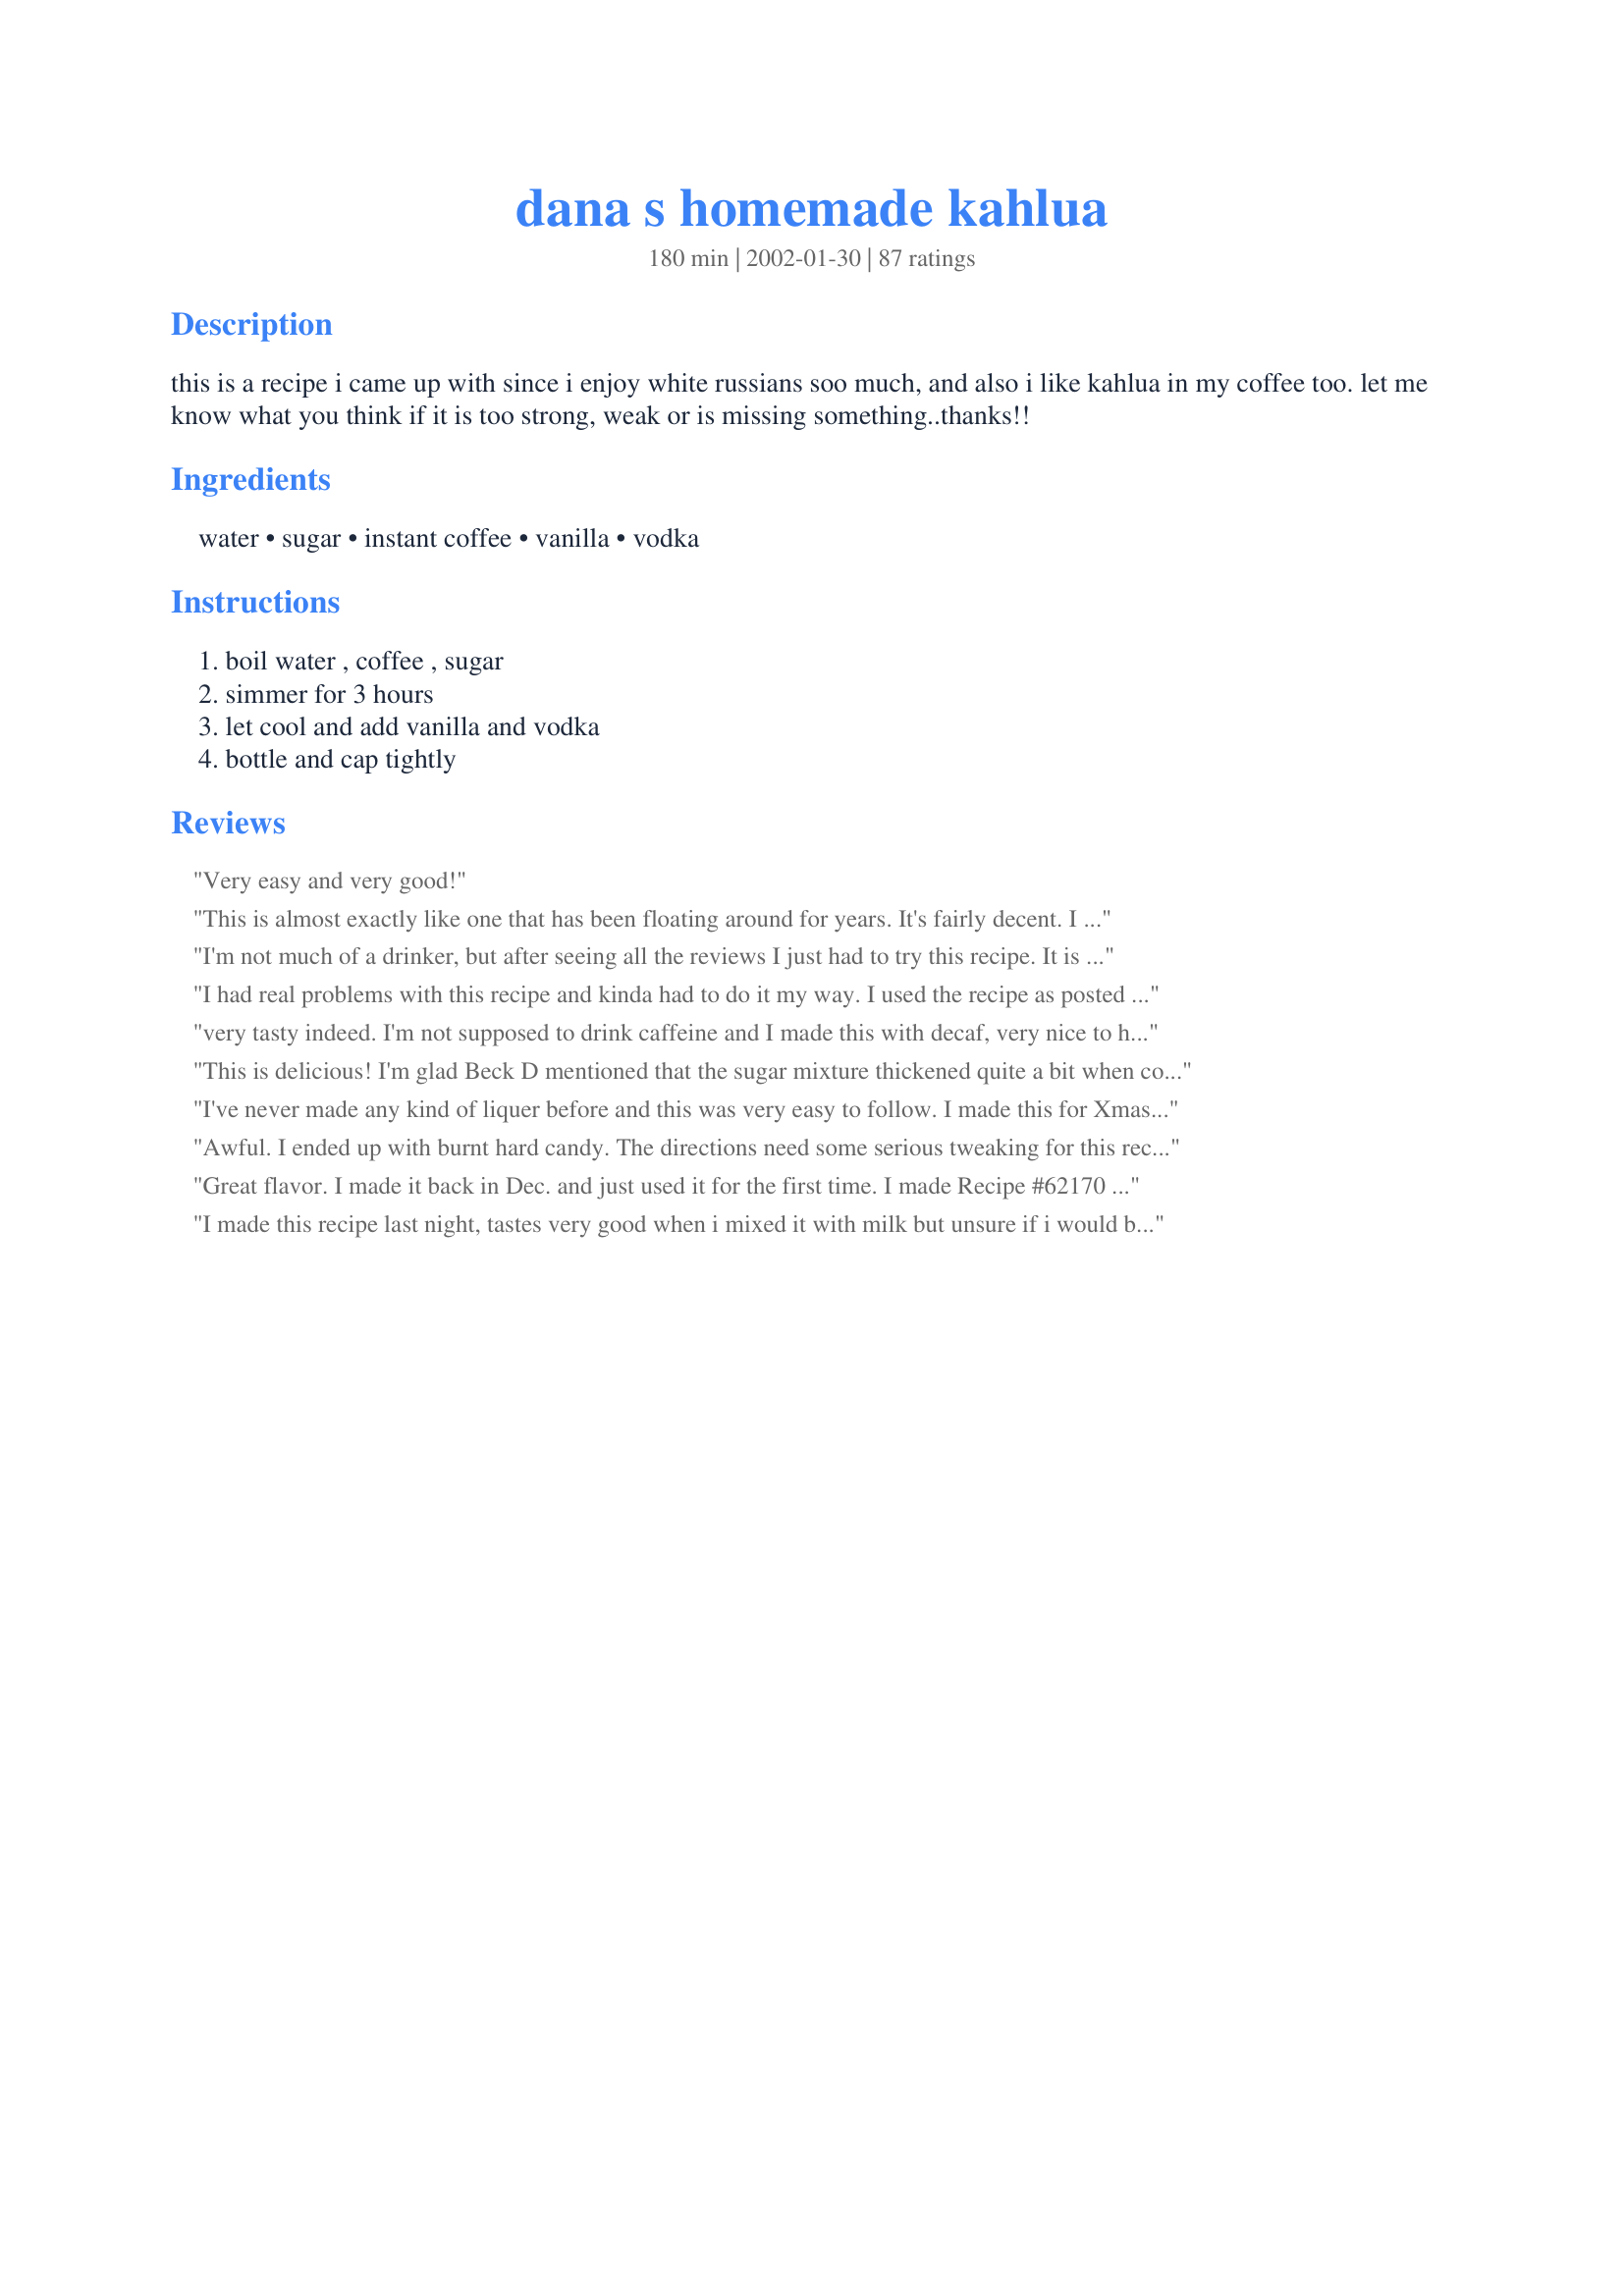
dana s homemade kahlua
Preparation time: 180 minutes

this is a recipe i came up with since i enjoy white russians soo much, and also i like kahlua in my coffee too. let me know what you think if it is too strong, weak or is missing something..thanks!!

Ingredients:
water, sugar, instant coffee, vanilla, vodka

Steps:
boil water , coffee , sugar, simmer for 3 hours, let cool and add vanilla and vodka, bottle and cap tightly

Reviews:
Very easy and very good!
This is almost exactly like one that has been floating around for years. It's fairly decent. I recommend bottling this in a DARK bottle and storing in the back of your refrigerator for a few months.. will taste much better then!
I'm not much of a drinker, but after seeing all the reviews I just had to try this recipe. It is truly awesome. I served it over the holidays to friends and family and everyone loved it. I found it super easy to make. After bringing the water, coffee and sugar to a boil, I turned the stove down to the lowest setting. I would say that the mixture reduced by 1/2 to 3/4. Anyway... thanks for the great recipe.
I had real problems with this recipe and kinda had to do it my way. I used the recipe as posted but I couldnt simmer it for three hours..first time I overcooked it and it was a hard lump..the second time it was sugary (made icing out of it, that was really good though.I have no idea what I did wrong.. can't say I am a quiter I tried it again with changes. Brought it to a boil, turned it down to simmer for 45 minutes, turned the stove off for a few minutes and didnt think it was reduced enough so I turned it on and simmered it again for 25 minutes. I cooled it, added the vanilla, stirred it up and added it to the vodka. I was a little skeptical when the vodka fumes hit my nose but I bottled it and stuck it in the fridge. I couldn't wait two weeks that I promised myself before trying it (2 days). I made a brown cow tonight and it was AWESOME. I will be making this again..Christmas gifts!!. Thank you.
very tasty indeed. I'm not supposed to drink caffeine and I made this with decaf, very nice to have one of my favorite drinks without feeing guilty for drinking the caffeine. thanks a million for posting this delicious recipe.
This is delicious! I'm glad Beck D mentioned that the sugar mixture thickened quite a bit when cooling or I may have thought I was doing something wrong. As it cooled, it also got very light in color, but when the vodka was added, the rich dark color came back. I used 1 cup of vanilla vodka and 1 1/2 cups regular vodka-Yummy! As I poured the Kahlua into a bottle, I put a small strainer inside of my funnel to catch a little sugar sediment that didn't want to dissolve. I had a Kahlua and Cream using this divine mixture, and may never go back to store bought. Thanks for sharing. Nick's Mom
I've never made any kind of liquer before and this was very easy to follow. I made this for Xmas and gave as gifts to some of my Kahlua loving friends. We all agreed that it was a 5 star recipe. My friend had tried someone else's homemade Kahlua before and said that this tasted exactly like the real stuff and was alot better than any other she had tried. Just make sure when you let it cool that you only leave it for a short time as it will harden when it cools and then it is very hard to add Vodka. I may have let it cook to long but I cooked it the full three hours and I think it was probably thick enough at 2 hours so next time I will test it at 2 hours. Will make again definitely.
Awful. I ended up with burnt hard candy. The directions need some serious tweaking for this recipe to be worth making. Won&#039;t be trying it again.
Great flavor. I made it back in Dec. and just used it for the first time. I made Recipe #62170 and it worked great.
I made this recipe last night, tastes very good when i mixed it with milk but unsure if i would be drinking it on the rocks (mostly because i used a mixture of left over white spirits and some rum). I simmered it down for about two and a half hours but could have done it for a bit longer to get a thicker syrup. The mixture was a bit too sweet for my liking so I added 1 1/2 more table spoons of coffee so it had a stronger taste. I would also use less sugar next time and see how that goes!
Dana, (*hic*) this is terrific, just as the recipe is written. It's the best homemade Kahlua that I've had. Next time I might try the (*hic*) 100-proof vodka instead of the 80-proof, just to see if it makes a big difference in taste. Now I have to go to the store to buy more milk for White Russians! Thanks for posting.
Making it now. Smells great. I'm cooking it with vanilla beans instead if the extract.
This is a great recipe, as everyone says, love the deep rich flavor. Thanks Dana
With all the mishaps I had with this recipe, it is amazing that it still ended as a 5 star!
I had no instant coffee, so I used 4 instant coffee bags (similar to a teabag) and steeped them 10 minutes in the hot water. I removed them, stirred in the sugar, and let boil under DH's watchful eye and intructions to stir often, and set the timer when I left for a meeting. I came home to find that the kids had fiddled with the timer and reset it, so it had boiled about 15 minutes before DH turned it off and ignored the recipe printed out right next to the stove. But it still turned out great- smooth and tasty and almost perfect. I will be trying this again son and following as written to compare notes, but I thought this was great as-is!
I used the instant espresso powder as well. Turned out fabulous! It's 5:00 somewhere....
Yikes, I've finished . Cooled it, added vodka and vanilla beans and realized I only added 2 1/2 of sugar, instead of 5 (I doubled recipe) and forgot to double sugar. What can I do to fix it?
I made it for the first time last year as Christmas gifts and it was such a hit I'm making it for gifts this year also. Didn't change one thing ,went by your recipe! Thank you for sharing.
I used 153 proof Grain alcohol
Going to try heating to a slow boil then transferring to a warm crock pot so I don&#039;t need to constantly stir. I&#039;ll post my result :)
i have made kahlua before and i wasn't sure why i had to simmer for so long in this recipe-that is until i tasted it! it has a very nice, deep flavour without being too sweet, excellent. i will replace all of my other kahlua recipes with this one! thanks Dana
For those having problems with this recipe havig crystals... you have boiled it too long and it is truing to candy. (Says the person who can burn boiling water!)
simple to make and really very good.
Fantastic flavor! Best homemade Kahlua recipe I've tried. Used some to make Mudslides for New Years Eve.
Fantastic! Did a side by side comparison to the store bought, and this blew it out of the water in both taste and smoothness. I boiled it down nearly 2.5 hours to make the syrup, I also put a half of a whole vanilla bean in the bottle to give a slow seep of vanilla during it's shelf time. Made 3 batches for Christmas gifts this year. Thanks!
I reduced it for 2 1/2 hours and it was perfect. I could not get the temperature right to simmer it so it was alternating between a rapid boil and less than a simmer. I measured it and was left with 2 cups of syrup. i cooled it until 100 deg F (as the alcohol will evaporate if you put it in while the sugar syrup is too hot) and then stirred in the vodka. i tasted it immediately and it is very very good. I do think it could do with a vanilla bean soaking in it to slightly enhance the vanilla flavor, so I will do just that and leave it for a while. It made one full 750ml bottle and a quarter of another one.
INCREDIBLE!! watch the boil or you get one sticky icky mess and it goes quick! i ran out of sugar at 2 cups and used about 1/4 cup of honey, It rocks! I am getting hosed right now while I try another batch! Thanks a million.
Signed , My Liver
My husband is addicted to Kahlua and cream and LOVES when I make this. I'd be embarrassed to tell you how often I do, because we love it!
I love this recipe it's so good it's even better than the generic Kahlua you can buy in a liquor store and to make it even better I used Splenda instead of sugar because I'm a diabetic and that's all the more better thank you.
Be sure to use good vodka, it makes a difference. I've made Kahlua many times and have always used a vanilla bean and 100 proof vodka. I used the cheap stuff the last time and it made a difference. YUCK! This is the first time I've made the &quot;quick&quot; version. Also, simmering is important to make sure the flavor of the coffee and sugar are just right; and the consistency is a bit thicker liquid and not thick like a syrup. Thanks for sharing this, everyone likes a Kahlua gift!
In the last two weeks I have made two double batches of this. I wanted them for Christmas presents, so I made them early so that they could sit a couple of weeks. I had 9 stopper type beer bottles that I put this in, 4 I already had (Grolsch beer) and 6 that I ordered from Amazon. (1 arrived broken) Followed the recipe 99.9%. Only difference was slightly more coffee per other reviews. It ended up making 9 16oz. bottles, a quart and a pint jar. There was about 1/2 cup that wouldn't fit so I tasted it to see how it turned out. I thought it was pretty good. I'm sure that it will be excellent after it sits 3 or 4 weeks. Thanks for helping with my Christmas presents this year ! BTW, I used cheap vodka, good instant coffee and real vanilla. Opps...I forgot... 5 Stars.
I have found that if you just heat the ingredients until everything is dissolved and give it maybe 10 minutes you do not have a candy mess.... also if you do not stir it hard there is no foam either. Cool the sugar mixture almost completely down before adding the vodka so it does not evaporate the liquor. Boiling the water and sugar does make candy. (I make candy during the holidays).
Wonderful recipe. did a few things different as I posted in tweaks. Be sure not to cook too long or high, should be thicker, but not thick like syrup. Mine took 2 hours and produced 3-16oz ball jars by the end of it.
What a great recipe, I had it years ago and lost it, but sure is nice find it again, Thanks Dana! There is a vanilla vodka by Stoli&#039;s, it makes a fabulous Vanilla White Russian. Equal parts kahlua and vodka over ice, top off with milk and shake. Yummeee! If you have a party, usually women don&#039;t know what to drink because they really don&#039;t like the taste of liquor, this one makes them come back for more! Be careful, it&#039;ll sneak up on you!
Dana, This delicious, fabulous, What a find, sure won't be buying the expensive stuff again. Great over vanilla ice cream. Thank you sooooo much Dana.
This kahluah turned out great. The only problem is now it's gone.
This is the best - we have made it two years in a row now to give as Christmas gifts. The only problem is remembering to make it soon enough to "age". This year we even remembered to make enough so we had some.
So easy! And tastes wonderful. It has a permanent place in my files! Saw the other reviewer's suggestion about vanilla vodka..ooooooh white russian is now my drink of choice!
Fantastic. Easy to make with things I happen to have on hand. 
Tried some in coffee and it was wonderful. Can't wait to share! Thanks so much for posting.
I made this for some gifts at Christmas and of course kept some for myself. Turned out awesome! Thanks!
use half &amp; half instead of milk, you'll be a kahlua alcoholic. i found all my bottles at the 99 cent store and they came with very good pourers &amp; caps. i make this for my friends but i make alot more for me.
Wow!! No problems here making it. I used instant espresso powder instead of instant coffee, and used vanilla bean paste instead of vanilla. I don't know if this will get better and better as it ages, but it's hard to imagine -- it's just terrific the way it is. What a great recipe!
Can I give this 10 stars? OMGosh.....IMHO it&#039;s BETTER then Kahlua! OK, I read the other reviews and checked out &quot;other&quot; recipes and decided to use raw sugar instead of white and I used espresso powder and also used 100 proof vodka (NOT the great stuff but a good mid-grade) and I also used bottled spring water. Mine cooked down to a thick syrup in 2 &amp; 1/2 hours and after it cooled I used &quot;triple&quot; strength vanilla paste (1 tsp.) and added the vodka. PERFECT and I made a QUART FULL (in a Ball canning jar). Also.....IF you choose to make this I would recommend using a HEAVY bottomed pan and let it GENTLY simmer and do stir often as instructed. THANK YOU SO MUCH for posting this!
I've had this recipe for more than 25 years and it was a friend of my Mothers who gave it to me and I've loved it ever since! For those of you having trouble with simmering it 3 hours- maybe your pan is too thin or not a good quality. I've never had trouble with that nor with any crystallizing upon cooling- could be the type of sugar you use- I've always used just ordinary table sugar and no problems. One thing I've changed and glad I did was that I use de-caffienated instant coffee-wonderful for those of us who don't want all that caffeine in the evening! Espresso powder and the vanilla vodka are 2 great substitutions but the vanilla vodka can give it too much of a vanilla flavor for some. Make your own vanilla vodka by putting vanilla beans in a plain bottle of vodka and let sit a week or more- saves even more money!
Quite good and easy. Although making this for the first time. following some other &quot;kahlua&quot; recipe suggestions, I used white rum instead of vodka.
Definitely Delicious! I made 1 fifth, and used 1cup vodka and 1/4 cup brandy, cuts it juuuust right. Oh and next time, I will leave the lid off while it simmers and let it reduce my first batch was thinner than I expected... thank you!
This probably doesn't need another rave review, but just for the record - it's great! Make sure you keep stirring the mixture as it cools or it becomes really hard to work with. This really does taste like kahlua, only a bit stronger I think. I can't wait to make some white Russians, thanks for posting!
Great recipe. It was too sweet for me though, so since I like the vanilla flavor, I now only use 1 c. sugar. I also used decaf instant coffee and used a little more than called for. I have an electric stove so getting the liquid to a simmer was difficult at first, but now after 3 batches I know what I'm doing, and yes, it can take the entire 3 hours to get to the desired syrup. Yum! I will keep making and giving out as gifts. Thanks!
What a great find! This an easy, tasty, and cheaper alternative to the expensive stuff! Thanks Dana!
YUM!!! very easy to make & very, very good! I'm on a budget, so I used cheap vodka, & it turned out fantastic. Thanks for the great recipe!
ok, I have screwed this recipe up more then anyone so I'll explain how to fix it :) First I quadrupled the water and only doubled the rest of the ingrediants and I added the vanilla to the cooking mixture by accident. If you do this... let it boil a second time.. Put the heat up to medium high to try and reduce it down.. This will take the full 3 hours. Then add more vodka , a tiny bit of vanilla and also some expresso flavored vodka and your good to go. You will know you did this if yours never turns into a syrup, but more of a black colored water. 
Be careful this thing boils quick!! I suggest taking it off the heat the minute it starts to boil or you will have a HUGE sticky mess!!! depending on your cooktop, Simmer may not mean put it on low, It still has to cook somewhat. Also do not cover the pot, the moisture just goes back into the syrup. This should reduce down roughly by half. But make sure you get a big enough pot , because when it boils it doubles in size for several brief moments. I also cooled it quickly by submerging my pot in a sink of cool water. A fifth is 750 ml. If you double this it will make roughly 24-25 ounces. Or about 12 cups if I did my conversions correctly.
My girlfriend and I made this last night and at first we were skeptical, but today we tried it and WOW!!! LOVE IT!! We made 10 batches for christmas gifts plus a little somethin, somethin for the evening...thank you for this great recipe! It's awsome with milk and we just added a little cinnamon creamer and it is great!
I haven't tried this recipe yet, but have my own made with basically the same ingredients except mine uses a good quality brandy instead of vodka... adds a lot of depth to the flavor of the drink.
This was the easiest liqueur I ever made! It has a good coffee flavor, I used espresso instant coffee. Used also over ice cream, in the coffee and on its own to serve with the coffee. I will definitely make it at Christmas time for gifts. Thanks for sharing this recipe.
I have been making this recipe every few months for 4 years or so. I only use 2 cups of vodka instead of 2.5, but that is the only change. I always triple this recipe at least. This has really great flavor, I even like it better than regular kahlua. It is best to let this sit for at least a month for a cleaner, more developed flavor. &lt;br/&gt;&lt;br/&gt;It is an absolute favorite recipe of mine, I don&#039;t have to worry about losing it because it is stamped on my brain.
The was extremely easy to make, and ended up costing me half the price of regular Kahlua. I started making it a bit late in the evening though, and only boiled the syrup for 2 hours. Next time I'll definitely boil it the 3 hours. Also, I'm going to add an extra tsp of coffee to it next time to make that flavour a bit stronger. I doubled the recipe and ended up with 2 liters (just over 2 US quarts). Over all I'm really impressed at how well it came out on the first try!
This was my first attempt at anything like this, but I will definately be making this again. I was very busy the day I made this, so for the first step I used my coffee maker. I just put the sugar and instant coffee in the pot, poured the water in and turned on. When the brew cycle finished, I stirred, let it sit there and then finished with simmering for a while. SOOOOOO Easy. I also will be making this for gifts at Christmas. Thanks Dana.
Dana this a very easy drink to make. If there was more stars I would put more. When I get home from work, i just have 2 glasses of kahlua and it makes me relax. I never had this before. I am telling my family members how to make cause it's so easy to make. Thanks for posting this
Dana Loved this Kahula,I had a dinner party Saturday Nite and everyone loved it. I mixed vanilla ice cream as a Kahula milk Shake. Would make it again :) Kym
Like everyone else, I didn't simmer it for 3 hours. After 45 minutes it was down to less than half so I took it off the stove, threw in a couple ice cubes, and poured in the vodka and vanilla. It's perhaps a bit more harsh than the real thing (maybe after sitting a few weeks it will be better) if you drink it straight but when you mix it it tastes great. Fyi, I substituted one cup of sugar for 20 packs of sucralose to keep the carbs down a bit and it still tastes really good and is perhaps why it boiled down quicker.
Just made this yesterday but had to try it out today with recipe #70644.
It is good, I can't wait until it has sat for awhile it can only taste better with age. I didn't know how much it was suppose to be reduce by simmering but after 2 1/2 hours very little had reduced. I turned the heat up to get a medium boil and after a half hour had about half so I turned the heat off and let it cool. Great recipe. Thanks Dana!
Amazing! I followed the recipe as written, but found 3 hours was too long. I have to assume no one actually lets this simmer for 3 hours...after about 1 hour I had to stand over it constantly and stir to prevent it from boiling over, I had it turned on the lowest setting. I stirred for another hour, but decided it was thick enough. I let it cool, and agree with someone who said it's important to stir as it's cooling to help prevent crystallization. The color gets much lighter as you stir. I also had lumps of the sugar mixture I thought I'd have to strain out, but they dissolved. In the end, I was skeptical....but after a day of letting this rest...AMAZING...and after two weeks of letting it rest, even better. I will never buy kahlua again! Thanks for the recipe!
This recipe was a real hit as bottled Christmas gifts last year. Some said they preferred it to the real thing! I tried a different recipe at first that had more sugar and less vodka, but it didn't have the same "finish". (I compared them side-by-side.) I bought bottles online at Sunburstbottles.com and made a pretty label to give them as gifts. Definitely a keeper recipe!
I made this just as is 3 days ago and now everyone wants a bottle! Great &amp; easy recipe. But if you don't cook a lot I can see how more directions are needed. You do have to watch over it and stir just like your making fudge. I have an electric stove so trying to get it to simmer can be a challenge but if you love kaluha it's worth it!
I&#039;ve been using this recipe for at least 5 years. I make it once per year. A neighbor and I now get together annually to do this and we give some out as holiday gifts in December. The most difficult part of this recipe is finding bottles. Beer growlers work! This is an amazing recipe! We use cheap vodka and I swear this is as good, if not slightly better, than the original kahlua. Thanks so much for putting this out there, Dana.
Fantastic recipe! I made a ton of this for Christmas gifts and was surprised at how excited everyone was to get it. I calculated what I spent and it is under $5 bottle (750 ml), not counting the bottle. We did, however, cut the sugar by 1/3 and it was perfect. After making several batches and doing online research we also discovered that you can use the cheapest vodka available, but use a better grade of instant coffee. We used Nescaf? Classico Suave and Popov and it was excellent! If you can plan ahead, save some dark wine bottles and corks. I will never buy another bottle of Kahlua!
No rating yet but I just tried making this recipe and I can say the instructions aren&#039;t the best. Simmer for three hours didn&#039;t tell me what I was looking for as a result, a thin syrup or a thick syrup? A foamy mess that I ended up with? I read the other reviews and used a few of those suggestions but could have used a few more instructions as I may have now wasted a ton of vodka :-( It&#039;s in the bottle and time will tell but the instructions really could be a bit more explicit.
Hehehe...I think I'm turning into a Kahluaholic:) Thank you, DANA!
Soooo good
Wow, you just saved me some mula... this is a lot less expensive and just as good. Thanks!
I tagged this recipe for the Random Draw game and sorry to say this didnt work well for me. The water, sugar, and coffe mixture took a long time to come to a boil on medium high heat. Once it did begin to boil I turned it down to come to a slow simmer. After about 2 hours the mixture did begin to bubble up and we had to keep an eye on it so it wouldnt boil over. The mixture reduced down to about half of what I started with and was very dark and syrupy. After adding the vanilla and vodka I had a very strong alcohol flavor but nothing like Kahlua. Left this sit for awhile and still do not have anything that we will be able to drink. Somewhere I had to have made a mistake after reading your description and seeing you use this for many things and it is a good recipe. I will make this again at a later date and hopefully catch where I made my mistakes.
F-A-N-T-A-S-T-I-C! Thank you SO much for this. I made some Friday and two days later it's already GONE! Fab in coffee or with a little milk and ameretto! I am going to make another batch in the next couple of days - but this time I'm going to at LEAST tripple it! Also made a Tiramisu that turned out perfect with this addition. Thanks!
Wonderful and easy to make. I used my vanilla sugar(2 c sugar + 1 vanilla bean cut in 1 in pieces grind up and strain to get larger pieces out) Thanks also to all the posters for recipe ideas too!
I have been making this great recipe for Christmas gifts every year since I found it. I collect unique bottles at garage sales and thrift stores and my friends always love it. I have started using 1/2 white sugar and 1/2 brown and really like it. I am thinking of adding just a little coconut extract this year and see how it comes out. Thanks for the recipe!
This was wonderful!!!! I love it! At first, I thought this probably won't taste like Kahula, but when I tried it....YES! I will make this over and over. Thanks Dana.
I have been wanting to make this for a couple of months now and I'm glad I finally made it! It is very sweet, but that's OK. I read some of the earlier reviews and decided to put the sugar mixture into a large pot to keep it from overflowing once it hit a boil. This worked great. I simmered it for about 2 hours until it made a syrup that coated the back of a wooden spoon. Thanks for a great recipe!
Dana :) GREAT STUFF ~ I also know that the older it gets the better it will be ! Thank ~ I had a girlfriend that used to make this but lst her recipe ~ so Now were all set & we are making enough to last the summer by the pool~We will make it like a MUD SLIDE :)~POKER~
I just made this for the first time and it is delicious!! I'm wondering if I can triple this recipe. Will it come out the same? I'm making it for gifts. : )
I made this 2 weeks ago and we cracked into it today during football. It was a HUGE hit!!! The only difference I did was added an extra helping of coffee grounds and a tad more vanilla!!!
I made this for a few friends and family members for Christmas gifts, and it was a huge hit! Takes some time to make, but still a great recipe! Thanks, Dana!
This is a great recipe! I like it a lot, and my friends too. And yes, adding a little brandy or cognac essens makes it a little smoother, and it almost make you white russian into an brandy alexander.
All I can say is this recipe is awsome. I have made it twice now (double batches). I did find that cooking this without a cover is best. You need the extra moisture to boil out to create more of a syrup. I did add a little more water a few times during the cook time as it reduced down. I really enjoyed this. I would say its better than the store bought kahlua.
I made this yesterday to give as Christmas gifts and it is great I doubled the recipe to make a bigger batch and it was great. I think next time I'll cut back a little on the sugar because it was a little too sweet. Thanks for sharing this recipe.
This is the easiest and best kahlua recipe. Came out thick creamy and perfect. Thank you
Wonderful recipe. Gets better the longer you can keep it. Great for gift giving. No need to buy the "good stuff" anymore. The cheap vodka works great.
Yum! Made this yesterday and it was great in our white russians! Can't wait to see what it turns out to taste like after it's had time to set for awhile. I did think it had a tad bit more of a vanilla flavor than regular kahlua, but it's great! I'm wondering what it would taste like with some chocolate flavored coffee in there? Yum! thanks!! ** I also must add that it didn't make 2 fifths for sure. We filled up an empty handle of vodka and it filled it up just a bit over half or so.
Wonderful stuff. Our friends love it. I added a whole vanilla bean to the bottle for extra flavor. Thanks Dana!
This made a fantastic Christmas gift for the hard to buy male. I included Kahlua drink recipes with the gift. Thanks for this recipe.
